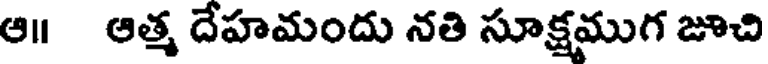
ఆ॥ ఆత్మ దేహమందు నతి సూక్షముగ జూచి